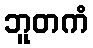
ဘူတကံ